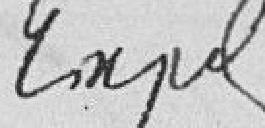
expd